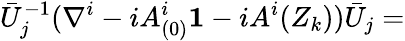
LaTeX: \bar{U}_{j}^{-1}(\nabla^{i}-iA_{(0)}^{i}{\mathbf 1}-iA^{i}(Z_{k}))\bar{U}_{j}=